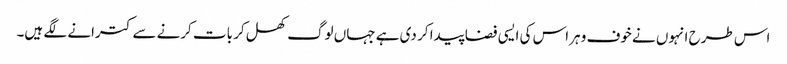
اس طرح انہوں نے خوف و ہراس کی ایسی فضا پیدا کر دی ہے جہاں لوگ کھل کر بات کرنے سے کترانے لگے ہیں۔